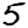
Digit: 5